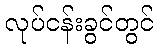
လုပ်ငန်းခွင်တွင်